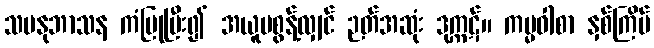
သမနုဘာသန ကံပြုပြီး၍ အယူမစွန့်လျှင် ဉတ်အဆုံး ဒုက္ကဋ်။ ကမ္မဝါစာ နှစ်ကြိမ်